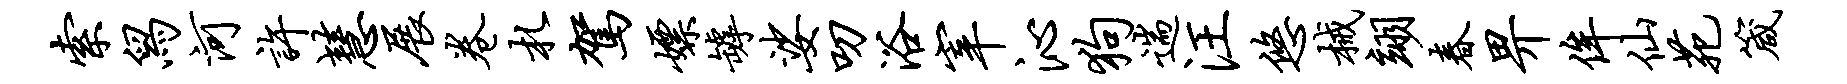
索舄河许慧展卷札驾嫖罅娑叨浴宰沁狗遄汪悠械翊春畀侔仙苑箴